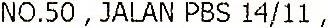
NO.50 , JALAN PBS 14/11 ,